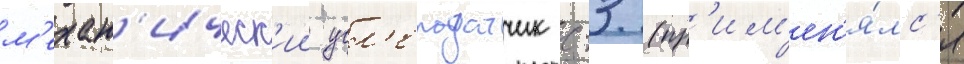
м'ехан'ическ'ии угл'еподатчик с-3 (пр'им'ен'я́лс'я